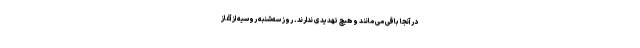
در آنجا باقی می مانند و هیچ تهدیدی ندارند. روز سه‌شنبه روسیه از آغاز